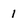
Character: 1